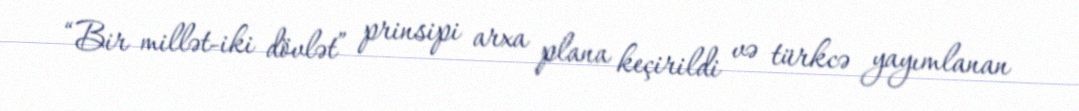
“Bir millət-iki dövlət” prinsipi arxa plana keçirildi və türkcə yayımlanan